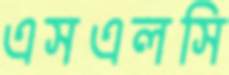
এসএলসি